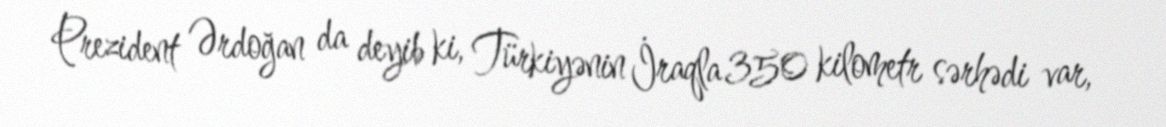
Prezident Ərdoğan da deyib ki, Türkiyənin İraqla 350 kilometr sərhədi var,